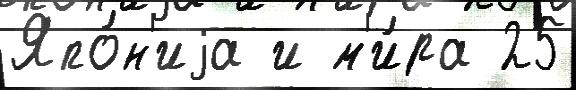
Япо́н'иjа и м'и́ра 25